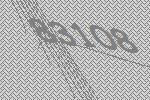
83108